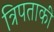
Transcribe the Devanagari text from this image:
त्रिपताकी